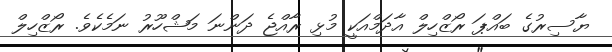
ޔާސިރުގެ ބައްޕަ ރޯޒްހިލް އާދަމްއަކީ މުޅި ރާއްޖެ ދަންނަ މަޝްހޫރު ނަމެކެވެ. ރޯޒްހިލް